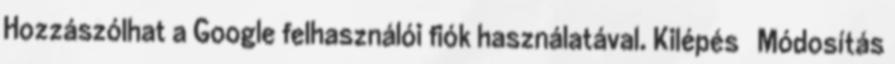
Hozzászólhat a Google felhasználói fiók használatával. Kilépés Módosítás